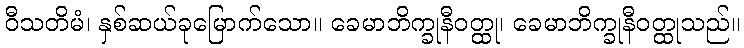
ဝီသတိမံ၊ နှစ်ဆယ်ခုမြောက်သော။ ခေမာဘိက္ခုနီဝတ္ထု၊ ခေမာဘိက္ခုနီဝတ္ထုသည်။